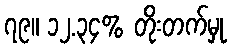
၇၉။ ၁၂.၃၄% တိုးတက်မှု